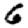
Digit: 6